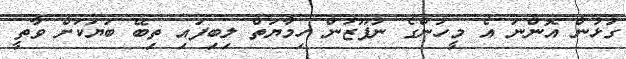
ގުޅުން އޮންނަ އެ މީހުންގެ ނުފޫޒުން ހިމާޔަތް ލިބިފައި ތިބޭ ބަޔަކަށް ވާތީ